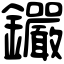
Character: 𨰫